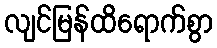
လျင်မြန်ထိရောက်စွာ